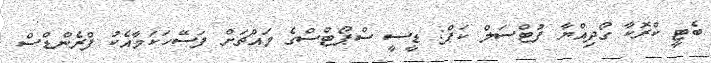
ބެޓީ ކްރޮކާ ގޯދިއްޔާ ފުޓްސަލް ކަޕް: ޑީސީ ސްޕޯޓްސްގެ މައްޗަށް ފަސޭހަކަމާއެކު ފްރެންޑްސް